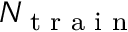
N _ { \textrm { t r a i n } }